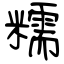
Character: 糯